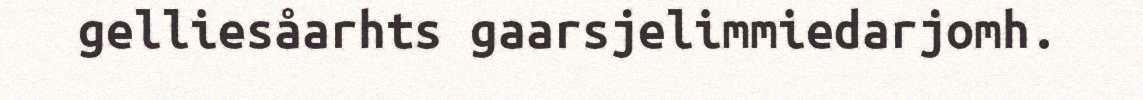
gelliesåarhts gaarsjelimmiedarjomh.